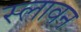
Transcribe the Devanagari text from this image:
स्लावन